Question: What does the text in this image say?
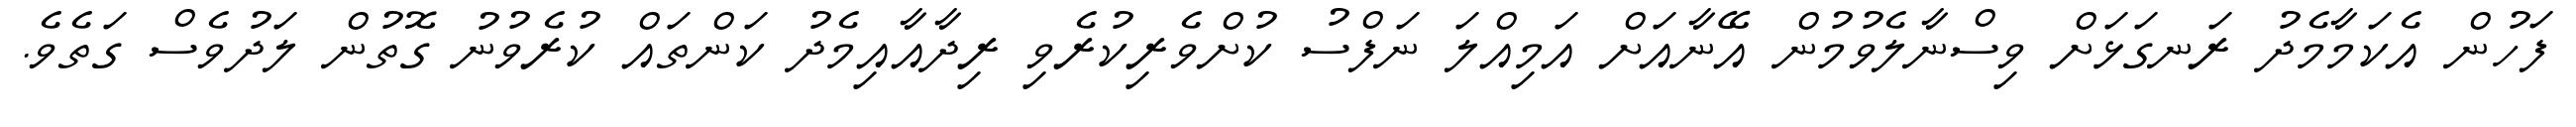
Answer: ފަހުން އެކަމާމެދު ރަނގަޅަށް ވިސްނާލެވުމުން އޭނާއަށް އަމިއްލަ ނަފްސު ކުށްވެރިކުރެވި ރިދާއާއިމެދު ކަންތައް ކުރެވުނު ގޮތުން ލަދުވެސް ގަތެވެ.